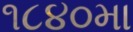
૧૮૪૦મા